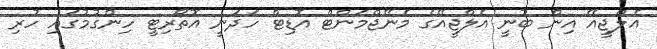
އެލްޖީއޭ އިން ބުނީ އެލްޖީއޭގެ މެނޭޖްމަންޓް އޮޑިޓް ހަދަނީ އޮތޯރިޓީ ހިންގުމުގައި ހުރި